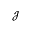
\mathcal { J }